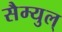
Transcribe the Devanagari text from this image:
सैम्युल्